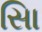
સાિ